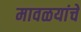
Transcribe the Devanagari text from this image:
मावळयांचे